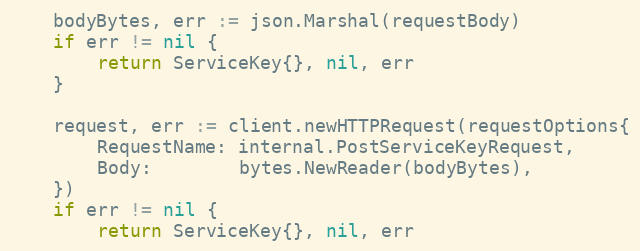
Language: Go
	bodyBytes, err := json.Marshal(requestBody)
	if err != nil {
		return ServiceKey{}, nil, err
	}

	request, err := client.newHTTPRequest(requestOptions{
		RequestName: internal.PostServiceKeyRequest,
		Body:        bytes.NewReader(bodyBytes),
	})
	if err != nil {
		return ServiceKey{}, nil, err